Leaving Certificate Examination, 1925
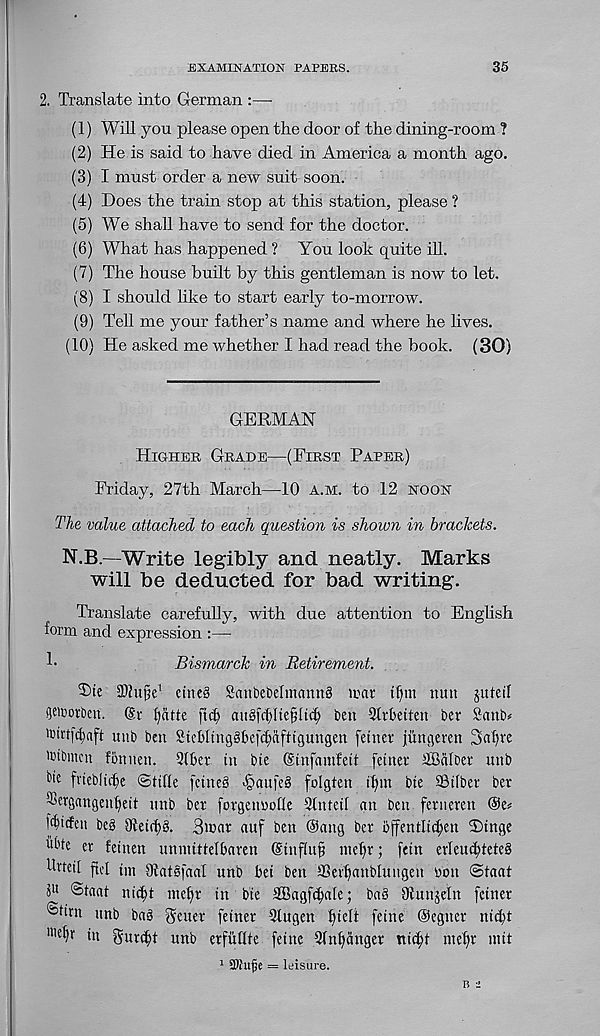
EXAMINATION PAPERS.
35
2. Translate into German
(1) Will you please open the door of the dining-room ?
(2) He is said to have died in America a month ago.
(3) I must order a new suit soon.
(4) Does the train stop at this station, please ?
(5) We shall have to send for the doctor.
(6) What has happened ? You look quite ill.
(7) The house built by this gentleman is now to let.
(8) I should like to start early to-morrow.
(9) Tell me your father’s name and where he lives.
(10) He asked me whether I had read the book. (30)
GERMAN
Higher Grade—(First Paper)
Friday, 27th March—10 A.M. to 12 noon
The value attached to each question is shown in brackets.
N.B.—Write legibly and neatly. Marks
will be deducted for bad writing.
Translate carefully, with due attention to English
form and expression :—
f-
Bismarck in Retirement.
T>ie Slujje 1 etne§ Sanbebelmanng mat - tf)m nun jufetl
genwbcn.
l)atte ftd) au§k(>Ue§ft<f> ben Qtrtetten bev SanG
unb ben SteWingSbef^afttgungen feiner jungeren 3al)ve
'cibmcn fonuen. Qtbei - in bte (Stnfamfett fetner iffialber unb
&>e fvtebltc^e Stifle fcine§ <§aufe8 folgten ifgn bie ©ilber ber
®ergangen(ieit unb ber forgennofle Stnteif an ben fevneren ©e«
Wicfeit beg 01eii()§. 3war auf ben @ang ber bffentlic^en 2)inge
tote er feinen unmittelbaren @inf(u§ mefq; (ein evleu^teteg
fleteil ftd im fllatsfaal unb bei ben SSev^anblungen won Staat
P Staat ni^t mef)r in bie SBagfi^ale; bag Olunjeln feiner
®tim unb bag genet feiner 3tugen fiielt feine ©egner niebt
We^ iu gurebt unb erfuflte feinc 91nl)anget ni^t mef)r mit
1 -Dhlfe = leisure.